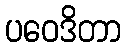
ပဝေဒိတာ